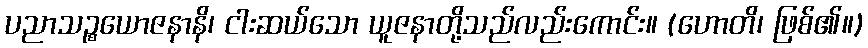
ပညာသဉ္စယောဇနာနိ၊ ငါးဆယ်သော ယူဇနာတို့သည်လည်းကောင်း။ (ဟောတိ၊ ဖြစ်၏။)